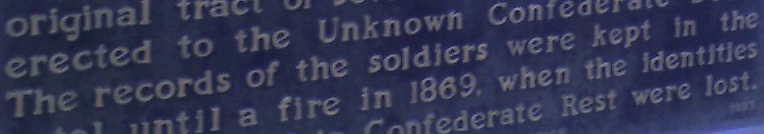
The records of the soldiers were kept in the